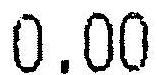
0.00